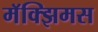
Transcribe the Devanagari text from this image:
मॅक्झिमस